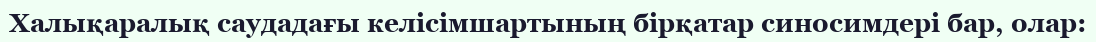
Халықаралық саудадағы келісімшартының бірқатар синосимдері бар, олар: